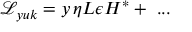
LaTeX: { \mathcal { L } } _ { y u k } = y \, \eta L \epsilon H ^ { * } + ~ . . .